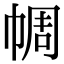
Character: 𢃖